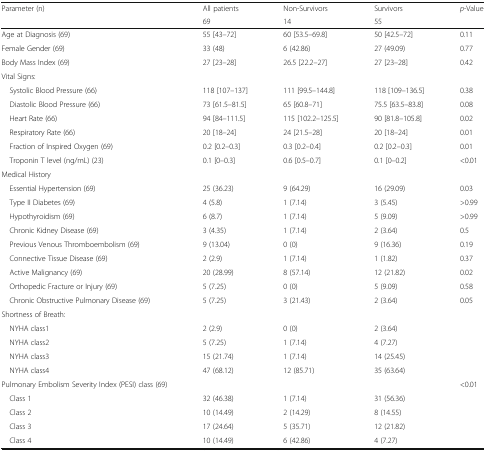
<table><thead><tr><td rowspan="2"><b>Parameter (n)</b></td><td><b>All patients</b></td><td><b>Non-Survivors</b></td><td><b>Survivors</b></td><td><b><i>p</i>-Value</b></td></tr><tr><td><b>69</b></td><td><b>14</b></td><td><b>55</b></td><td></td></tr></thead><tbody><tr><td>Age at Diagnosis (69)</td><td>55 [43–72]</td><td>60 [53.5–69.8]</td><td>50 [42.5–72]</td><td>0.11</td></tr><tr><td>Female Gender (69)</td><td>33 (48)</td><td>6 (42.86)</td><td>27 (49.09)</td><td>0.77</td></tr><tr><td>Body Mass Index (69)</td><td>27 [23–28]</td><td>26.5 [22.2–27]</td><td>27 [23–28]</td><td>0.42</td></tr><tr><td colspan="5">Vital Signs:</td></tr><tr><td> Systolic Blood Pressure (66)</td><td>118 [107–137]</td><td>111 [99.5–144.8]</td><td>118 [109–136.5]</td><td>0.38</td></tr><tr><td> Diastolic Blood Pressure (66)</td><td>73 [61.5–81.5]</td><td>65 [60.8–71]</td><td>75.5 [63.5–83.8]</td><td>0.08</td></tr><tr><td> Heart Rate (66)</td><td>94 [84–111.5]</td><td>115 [102.2–125.5]</td><td>90 [81.8–105.8]</td><td>0.02</td></tr><tr><td> Respiratory Rate (66)</td><td>20 [18–24]</td><td>24 [21.5–28]</td><td>20 [18–24]</td><td>0.01</td></tr><tr><td> Fraction of Inspired Oxygen (69)</td><td>0.2 [0.2–0.3]</td><td>0.3 [0.2–0.4]</td><td>0.2 [0.2–0.3]</td><td>0.01</td></tr><tr><td> Troponin T level (ng/mL) (23)</td><td>0.1 [0–0.3]</td><td>0.6 [0.5–0.7]</td><td>0.1 [0–0.2]</td><td>&lt;0.01</td></tr><tr><td colspan="5">Medical History</td></tr><tr><td> Essential Hypertension (69)</td><td>25 (36.23)</td><td>9 (64.29)</td><td>16 (29.09)</td><td>0.03</td></tr><tr><td> Type II Diabetes (69)</td><td>4 (5.8)</td><td>1 (7.14)</td><td>3 (5.45)</td><td>&gt;0.99</td></tr><tr><td> Hypothyroidism (69)</td><td>6 (8.7)</td><td>1 (7.14)</td><td>5 (9.09)</td><td>&gt;0.99</td></tr><tr><td> Chronic Kidney Disease (69)</td><td>3 (4.35)</td><td>1 (7.14)</td><td>2 (3.64)</td><td>0.5</td></tr><tr><td> Previous Venous Thromboembolism (69)</td><td>9 (13.04)</td><td>0 (0)</td><td>9 (16.36)</td><td>0.19</td></tr><tr><td> Connective Tissue Disease (69)</td><td>2 (2.9)</td><td>1 (7.14)</td><td>1 (1.82)</td><td>0.37</td></tr><tr><td> Active Malignancy (69)</td><td>20 (28.99)</td><td>8 (57.14)</td><td>12 (21.82)</td><td>0.02</td></tr><tr><td> Orthopedic Fracture or Injury (69)</td><td>5 (7.25)</td><td>0 (0)</td><td>5 (9.09)</td><td>0.58</td></tr><tr><td> Chronic Obstructive Pulmonary Disease (69)</td><td>5 (7.25)</td><td>3 (21.43)</td><td>2 (3.64)</td><td>0.05</td></tr><tr><td colspan="5">Shortness of Breath:</td></tr><tr><td> NYHA class1</td><td>2 (2.9)</td><td>0 (0)</td><td>2 (3.64)</td><td></td></tr><tr><td> NYHA class2</td><td>5 (7.25)</td><td>1 (7.14)</td><td>4 (7.27)</td><td></td></tr><tr><td> NYHA class3</td><td>15 (21.74)</td><td>1 (7.14)</td><td>14 (25.45)</td><td></td></tr><tr><td> NYHA class4</td><td>47 (68.12)</td><td>12 (85.71)</td><td>35 (63.64)</td><td></td></tr><tr><td>Pulmonary Embolism Severity Index (PESI) class (69)</td><td></td><td></td><td></td><td>&lt;0.01</td></tr><tr><td> Class 1</td><td>32 (46.38)</td><td>1 (7.14)</td><td>31 (56.36)</td><td></td></tr><tr><td> Class 2</td><td>10 (14.49)</td><td>2 (14.29)</td><td>8 (14.55)</td><td></td></tr><tr><td> Class 3</td><td>17 (24.64)</td><td>5 (35.71)</td><td>12 (21.82)</td><td></td></tr><tr><td> Class 4</td><td>10 (14.49)</td><td>6 (42.86)</td><td>4 (7.27)</td><td></td></tr></tbody></table>